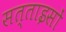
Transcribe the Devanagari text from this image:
सत्ताइसों